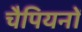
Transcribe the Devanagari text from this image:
चैपियनों